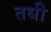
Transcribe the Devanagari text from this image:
तधी